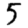
Digit: 5